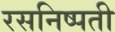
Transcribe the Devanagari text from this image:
रसनिष्पती